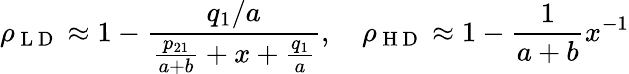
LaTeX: \rho_{\mathrm{~L~D~}}\approx 1-\frac{q_{1}/a}{\frac{p_{21}}{a+b}+x+\frac{q_{1}}{a}},\quad\rho_{\mathrm{~H~D~}}\approx 1-\frac{1}{a+b}x^{-1}